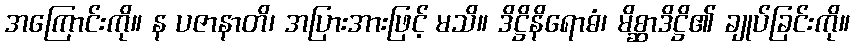
အကြောင်းကို။ န ပဇာနာတိ၊ အပြားအားဖြင့် မသိ။ ဒိဋ္ဌိနိရောဓံ၊ မိစ္ဆာဒိဋ္ဌိ၏ ချုပ်ခြင်းကို။